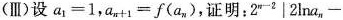
(Ⅲ)设$$a _ { 1}= 1$$,$$a _ { n+1}=f (a _ { n})$$,证明：$$2 ^ { n-2}|2\ln a _ { n}-$$